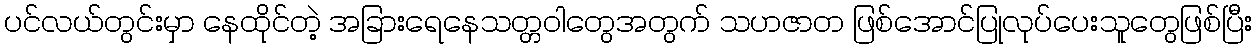
ပင်လယ်တွင်းမှာ နေထိုင်တဲ့ အခြားရေနေသတ္တဝါတွေအတွက် သဟဇာတ ဖြစ်အောင်ပြုလုပ်ပေးသူတွေဖြစ်ပြီး